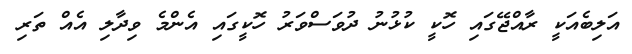
އަލިބެއަކީ ރާއްޖޭގައި ހޮކީ ކުޅުނު ދުވަސްވަރު ހޮކީގައި އެންމެ ވިދާލި އެއް ތަރި